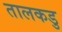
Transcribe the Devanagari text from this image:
तालकडु